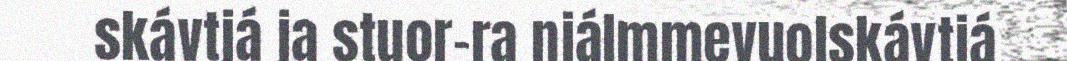
skávtjá ja stuor-ra njálmmevuolskávtjá